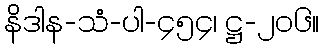
နိဒါန-သံ-ပါ-၄၅၄၊ ဋ္ဌ-၂၀၆။